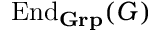
\operatorname { E n d } _ { \mathbf { G r p } } ( G )